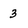
Character: 3